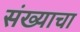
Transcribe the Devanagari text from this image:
संख्याचा